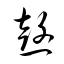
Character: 愨